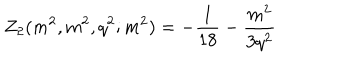
LaTeX: Z _ { 2 } ( m ^ { 2 } , m ^ { 2 } , q ^ { 2 } ; m ^ { 2 } ) = - \frac { 1 } { 1 8 } - \frac { m ^ { 2 } } { 3 q ^ { 2 } }